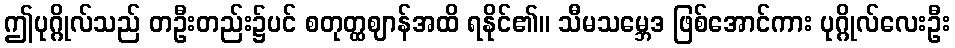
ဤပုဂ္ဂိုလ်သည် တဦးတည်း၌ပင် စတုတ္ထဈာန်အထိ ရနိုင်၏။ သီမသမ္ဘေဒ ဖြစ်အောင်ကား ပုဂ္ဂိုလ်လေးဦး